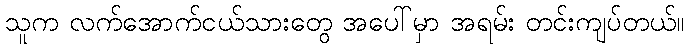
သူက လက်အောက်ငယ်သားတွေ အပေါ်မှာ အရမ်း တင်းကျပ်တယ်။